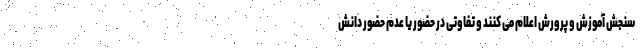
سنجش آموزش و پرورش اعلام می کنند و تفاوتی در حضور یا عدم حضور دانش